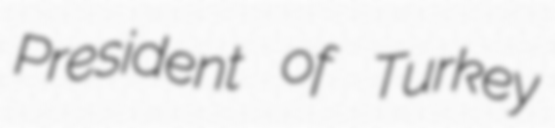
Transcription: President of Turkey